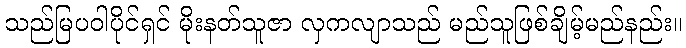
သည်မြပဝါပိုင်ရှင် မိုးနတ်သူဇာ လှကလျာသည် မည်သူဖြစ်ချိမ့်မည်နည်း။